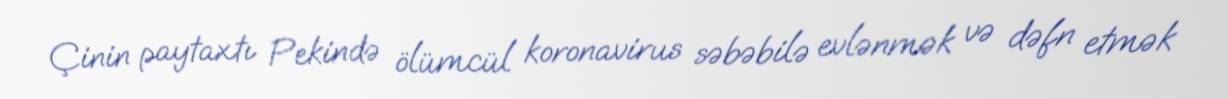
Çinin paytaxtı Pekində ölümcül koronavirus səbəbilə evlənmək və dəfn etmək